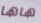
هاها